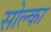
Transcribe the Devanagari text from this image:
सोल्का